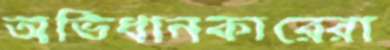
অভিধানকারেরা